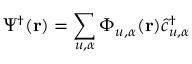
\Psi ^ { \dagger } ( { \bf r } ) = \sum _ { u , \alpha } \Phi _ { u , \alpha } ( { \bf r } ) \hat { c } _ { u , \alpha } ^ { \dagger }